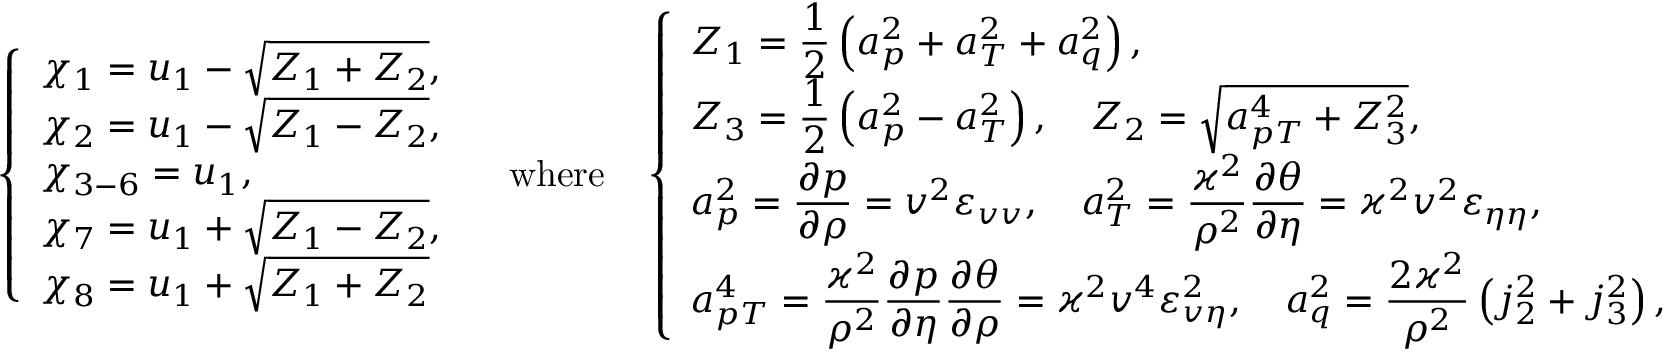
\begin{array} { r } { \everymath { \displaystyle } \left\{ \begin{array} { l l } { \chi _ { 1 } = u _ { 1 } - \sqrt { Z _ { 1 } + Z _ { 2 } } , } \\ { \chi _ { 2 } = u _ { 1 } - \sqrt { Z _ { 1 } - Z _ { 2 } } , } \\ { \chi _ { 3 - 6 } = u _ { 1 } , } \\ { \chi _ { 7 } = u _ { 1 } + \sqrt { Z _ { 1 } - Z _ { 2 } } , } \\ { \chi _ { 8 } = u _ { 1 } + \sqrt { Z _ { 1 } + Z _ { 2 } } } \end{array} \right. \quad \mathrm { w h e r e } \quad \left\{ \begin{array} { l l } { Z _ { 1 } = \frac { 1 } { 2 } \left( a _ { p } ^ { 2 } + a _ { T } ^ { 2 } + a _ { q } ^ { 2 } \right) , } \\ { Z _ { 3 } = \frac { 1 } { 2 } \left( a _ { p } ^ { 2 } - a _ { T } ^ { 2 } \right) , \quad Z _ { 2 } = \sqrt { a _ { p T } ^ { 4 } + Z _ { 3 } ^ { 2 } } , } \\ { a _ { p } ^ { 2 } = \frac { \partial p } { \partial \rho } = v ^ { 2 } \varepsilon _ { v v } , \quad a _ { T } ^ { 2 } = \frac { \varkappa ^ { 2 } } { \rho ^ { 2 } } \frac { \partial \theta } { \partial \eta } = \varkappa ^ { 2 } v ^ { 2 } \varepsilon _ { \eta \eta } , } \\ { a _ { p T } ^ { 4 } = \frac { \varkappa ^ { 2 } } { \rho ^ { 2 } } \frac { \partial p } { \partial \eta } \frac { \partial \theta } { \partial \rho } = \varkappa ^ { 2 } v ^ { 4 } \varepsilon _ { v \eta } ^ { 2 } , \quad a _ { q } ^ { 2 } = \frac { 2 \varkappa ^ { 2 } } { \rho ^ { 2 } } \left( j _ { 2 } ^ { 2 } + j _ { 3 } ^ { 2 } \right) , } \end{array} \right. } \end{array}